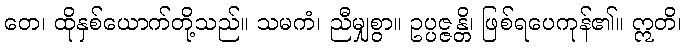
တေ၊ ထိုနှစ်ယောက်တို့သည်။ သမကံ၊ ညီမျှစွာ။ ဥပ္ပဇ္ဇန္တိ၊ ဖြစ်ရပေကုန်၏။ ဣတိ၊